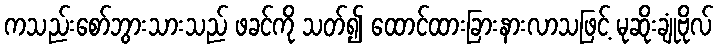
ကသည်းစော်ဘွားသားသည် ဖခင်ကို သတ်၍ ထောင်ထားခြားနားလာသဖြင့် မုဆိုးချုံဗိုလ်